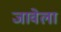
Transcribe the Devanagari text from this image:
जावेला